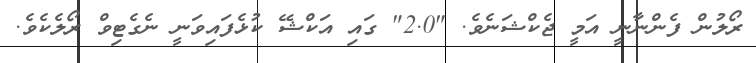
ރޯލުން ފެންނާނީ އަމީ ޖެކްޝަނެވެ. "2.0" ގައި އަކްޝޭ ކުޅެފައިވަނީ ނެގެޓިވް ރޯލެކެވެ.